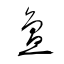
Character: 亶